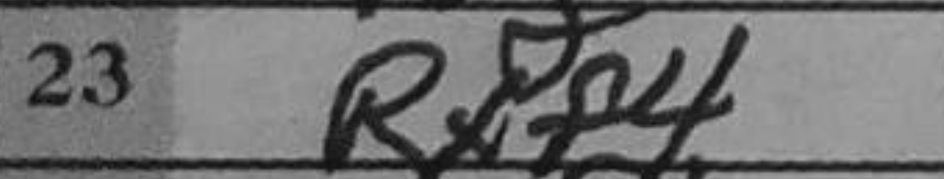
Transcription: Rxf4